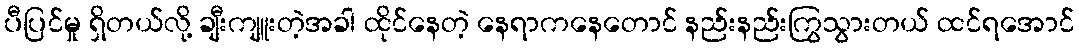
ပီပြင်မှု ရှိတယ်လို့ ချီးကျူးတဲ့အခါ ထိုင်နေတဲ့ နေရာကနေတောင် နည်းနည်းကြွသွားတယ် ထင်ရအောင်